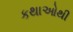
કથાઓથી